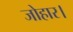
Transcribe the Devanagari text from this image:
जोहार।